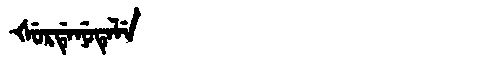
Manchu: ᡧᡠᡵᡩᡝᠨᡠᡨᡝᠯᡝ
Romanization: ŠURDENUTELE